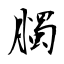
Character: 臅